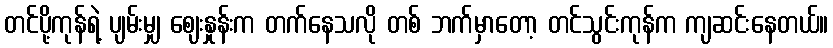
တင်ပို့ကုန်ရဲ့ ပျမ်းမျှ ဈေးနှုန်းက တက်နေသလို တစ် ဘက်မှာတော့ တင်သွင်းကုန်က ကျဆင်းနေတယ်။